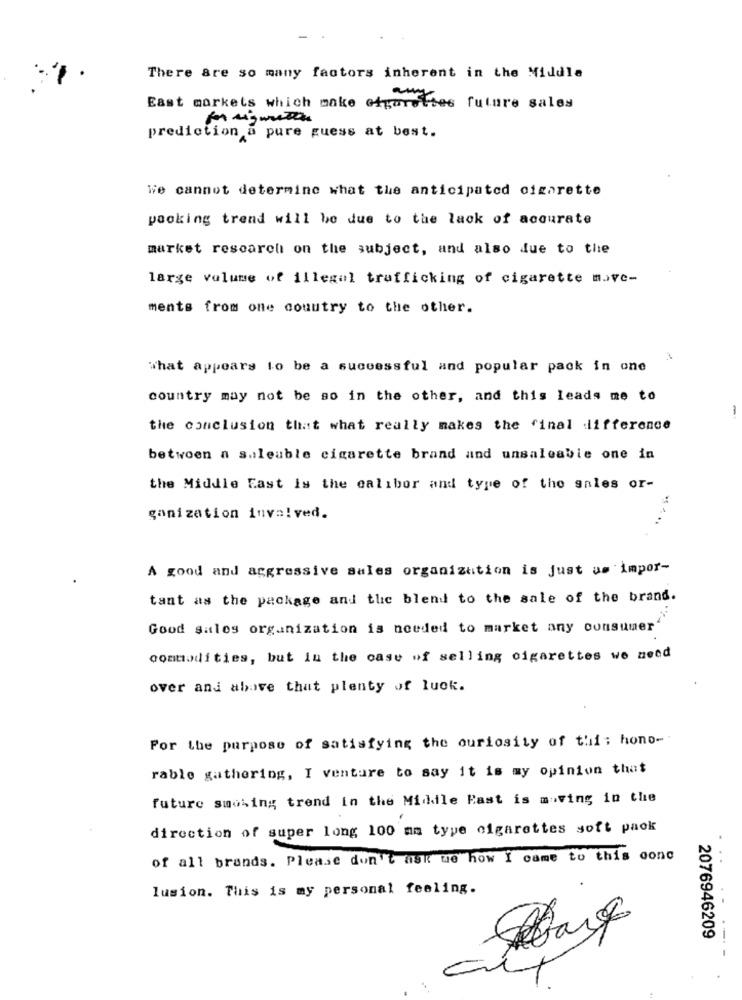
There are so many factors inherent in the Middle
East markets which make cigarettes future sales
prediction a pure guess at best.
We cannot determine what the anticipated cigarette
packing trend will be due to the lack of accurate
market research on the subject, and also due to the
large volume of illegal trafficking of cigarette move-
ments from one country to the other.
what appears to be a successful and popular pack in one
country may not be so in the other, and this leads me to
the conclusion that what really makes the final difference
betwoen a saleuble cigarette brand and unsaleable one in
the Middle East is the calibor and type of the sales or-
ganization involved.
A good and aggressive sales organization is just us impor-
tant as the package and thic blend to the sale of the brand.
Good sales organization is needed to market any consumer
commodities, but in the case of selling cigarettes we need
over and above that plenty of luck.
For the purpose of satisfying the ouriosity of thi; hono-
rable gathering, I venture to say it is my opinion that
future smoking trend in the Middle East is moving in the
direction of super long 100 mm type cigarettes soft paok
of all brands. Please don't ask we how I came to this donc
lusion. This is my personal feeling.
2076946209
-- -